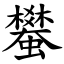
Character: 蠜